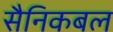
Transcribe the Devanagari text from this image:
सैनिकबल